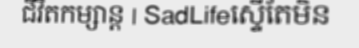
ជីវិតកម្សាន្ត | SadLifeស្ទើតែមិន